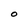
Character: O